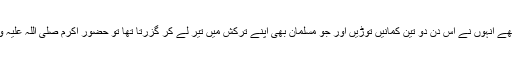
ابو طلحہ رضی اللہ عنہ بہت زبردست تیر انداز تھے انہوں نے اس دن دو تین کمانیں توڑیں اور جو مسلمان بھی اپنے ترکش میں تیر لے کر گزرتا تھا تو حضور اکرم صلی اللہ علیہ وسلم فرماتے تھے کہ یہ تیر ابوطلحہ کو دے دو ۔